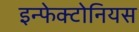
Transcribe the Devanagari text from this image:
इन्फेक्टोनियस